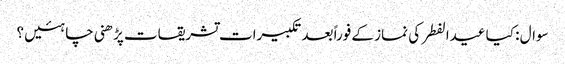
سوال : کیا عیدالفطر کی نماز کے فوراً بعد تکبیرات تشریقات پڑھنی چاہئیں ؟